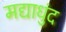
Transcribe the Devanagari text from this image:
मद्याधुंद